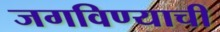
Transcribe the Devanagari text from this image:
जगविण्याची